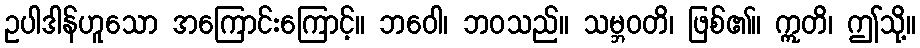
ဥပါဒါန်ဟူသော အကြောင်းကြောင့်။ ဘဝေါ၊ ဘဝသည်။ သမ္ဘဝတိ၊ ဖြစ်၏။ ဣတိ၊ ဤသို့။